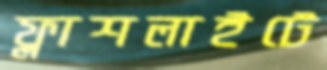
ফ্লাশলাইটে